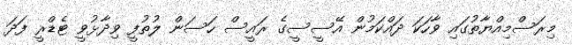
މިރަސްމިއްޔާތުގައި ވާހަކަ ދައްކަމުން އޭސީސީގެ ރައީސް ހަސަން ލުތުފީ ވިދާޅުވީ ޓެޑްރީ ފަދަ